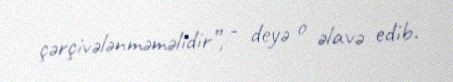
çərçivələnməməlidir”, - deyə o əlavə edib.